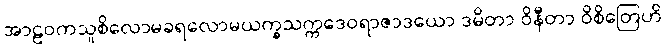
အာဠဝကသူစိလောမခရလောမယက္ခသက္ကဒေဝရာဇာဒယော ဒမိတာ ဝိနီတာ ဝိစိတြေဟိ